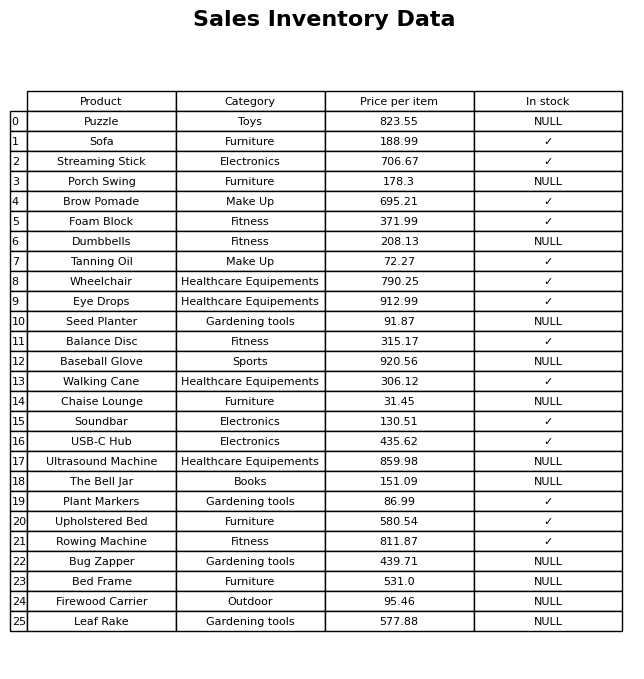
question: What is the price of the Streaming Stick?
answer: The price of Streaming Stick is 706.67.